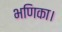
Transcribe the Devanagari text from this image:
भणिका।